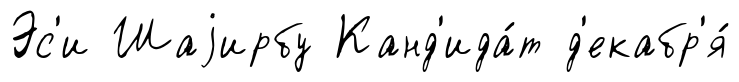
Эс'и Шаjирбу Канд'ида́т д'екабр'я́